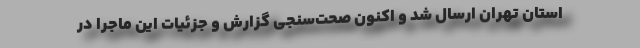
استان تهران ارسال شد و اکنون صحت‌سنجی گزارش و جزئیات این ماجرا در